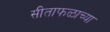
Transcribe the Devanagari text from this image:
सीताफळाच्या